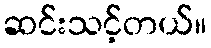
ဆင်းသင့်တယ်။